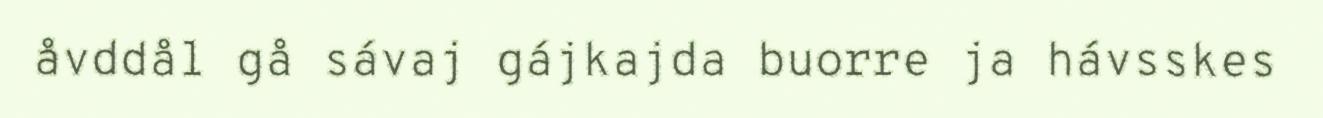
åvddål gå sávaj gájkajda buorre ja hávsskes